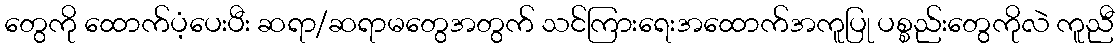
တွေကို ထောက်ပံ့ပေးပီး ဆရာ/ဆရာမတွေအတွက် သင်ကြားရေးအထောက်အကူပြု ပစ္စည်းတွေကိုလဲ ကူညီ